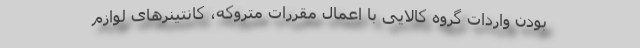
بودن واردات گروه کالایی با اعمال مقررات متروکه، کانتینر‌های لوازم